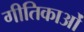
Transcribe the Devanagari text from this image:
गीतिकाओं